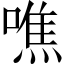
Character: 噍